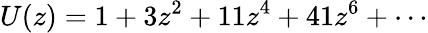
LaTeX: U(z)=1+3z^{2}+11z^{4}+41z^{6}+\cdots